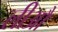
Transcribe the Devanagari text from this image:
लीआैं